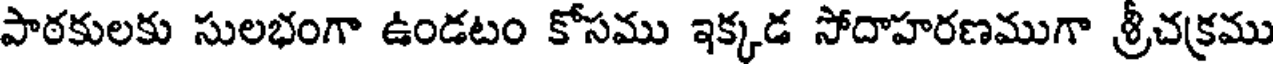
పాఠకులకు సులభంగా ఉండటం కోసము ఇక్కడ సోదాహరణముగా శ్రీచక్రము